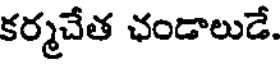
కర్మచేత ఛండాలుడే.